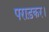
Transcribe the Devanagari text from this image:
पराड़कर।